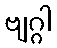
ဗျဂ္ဂါ